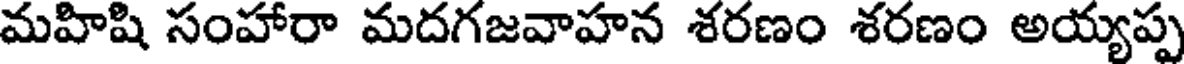
మహిషి సంహారా మదగజవాహన శరణం శరణం అయ్యప్ప